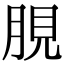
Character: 䏹